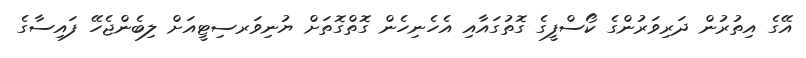
އޭގެ އިތުރުން ދަރިވަރުންގެ ކޯސްފީގެ ގޮތުގައާއި އެހެނިހެން ގޮތްގޮތަށް ޔުނިވަރސިޓީއަށް ލިބެންޖެހޭ ފައިސާގެ